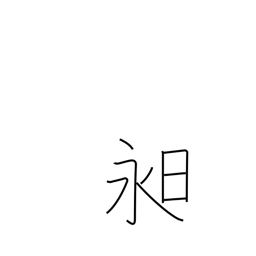
Meaning: long day